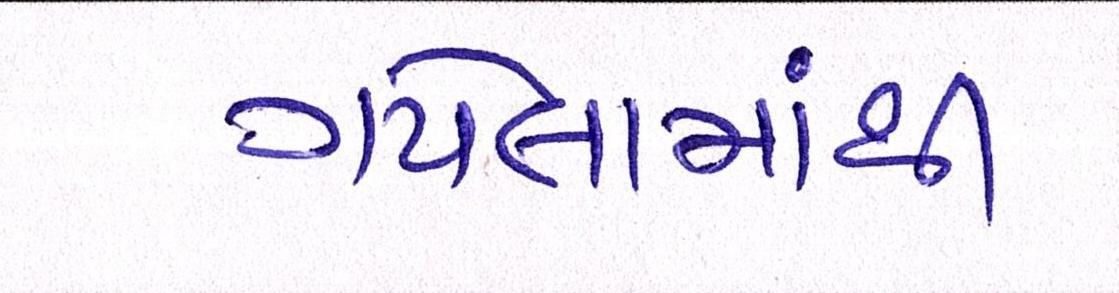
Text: ગયેલામાંથી